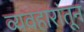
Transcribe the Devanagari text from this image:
व्यवहारांतून